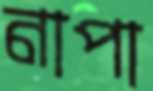
নাপা